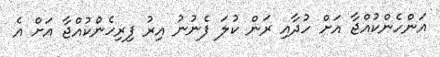
އަންހެންކުއްޖާ އަށް ހުދާއި ރަން ކުލަ ފެނުނު އިރު ފިރިހެންކުއްޖާ އަށް އެ